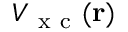
V _ { \mathrm { ~ x ~ c ~ } } ( \mathbf { r } )